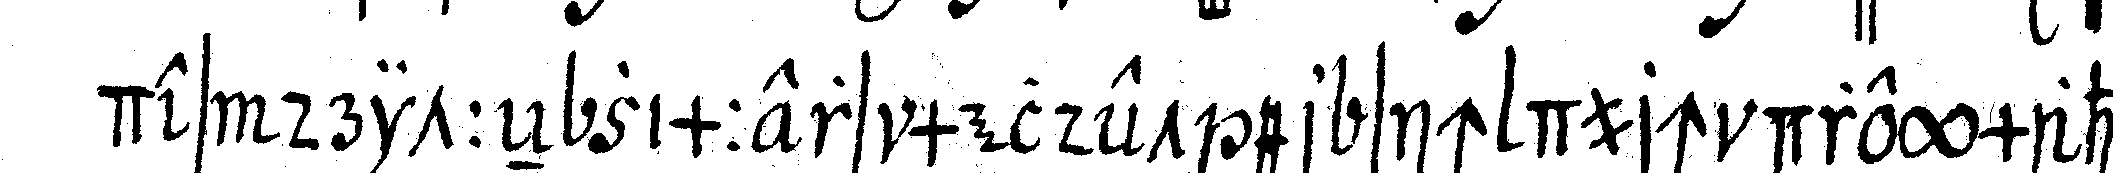
des dritteN zimmers meldet er sich durch dreymahli